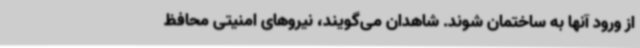
از ورود آنها به ساختمان شوند. شاهدان می‌گویند، نیروهای امنیتی محافظ